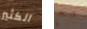
الكثير مع